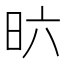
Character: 𣅶